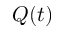
Q ( t )